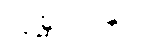
ပဋိစ္ဆာဒေန္တဿ